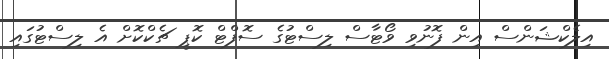
އިލެކްޝަންސް އިން ފޮނުވި ވޯޓާސް ލިސްޓުގެ ސޮފްޓް ކޮޕީ ޗެކްކޮށް އެ ލިސްޓުގައި